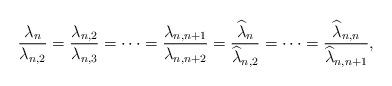
LaTeX: \begin{align*} \frac{\lambda_{n}}{\lambda_{n,2}}=\frac{\lambda_{n,2}}{\lambda_{n,3}}=\cdots=\frac{\lambda_{n,n+1}}{\lambda_{n,n+2}}=\frac{\widehat{\lambda}_{n}}{\widehat{\lambda}_{n,2}}=\cdots=\frac{\widehat{\lambda}_{n,n}}{\widehat{\lambda}_{n,n+1}},\end{align*}